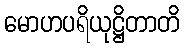
မောဟပရိယုဋ္ဌိတာတိ